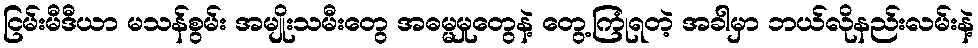
ငြမ်းမီဒီယာ မသန်စွမ်း အမျိုးသမီးတွေ အဓမ္မမှုတွေနဲ့ တွေ့ကြုံရတဲ့ အခါမှာ ဘယ်လိုနည်းလမ်းနဲ့